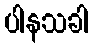
ပါနသခါ